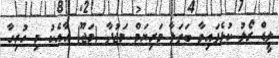
ލީޑް ރޯލު ކުޅެފައިވާ ބަތަލާ މަރިޔަމް މަޖުދާ (މަޖޫ) އާއެކު މި ހުރިހާ